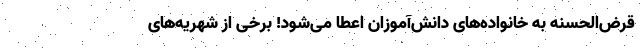
قرض‌الحسنه به خانواده‌های دانش‌آموزان اعطا می‌شود! برخی از شهریه‌های